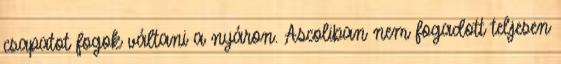
csapatot fogok váltani a nyáron. Ascoliban nem fogadott teljesen